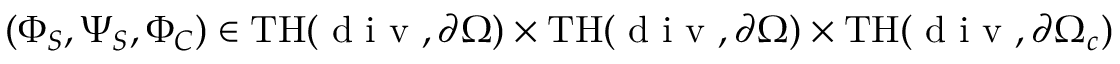
( \Phi _ { S } , \Psi _ { S } , \Phi _ { C } ) \in \mathrm { T H } ( \mathrm { ~ d ~ i ~ v ~ } , \partial \Omega ) \times \mathrm { T H } ( \mathrm { ~ d ~ i ~ v ~ } , \partial \Omega ) \times \mathrm { T H } ( \mathrm { ~ d ~ i ~ v ~ } , \partial \Omega _ { c } )